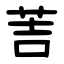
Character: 䓀